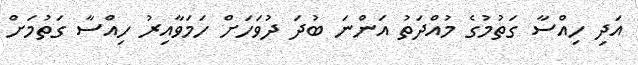
އަދި ހިއްސާ ގަތުމުގެ މުއްދަތު އަންނަ ބުދަ ދުވަހަށް ހަމަވާއިރު ހިއްސާ ގަތުމަށް